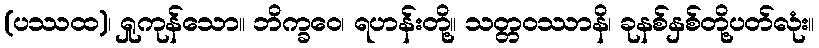
(ပဿထ)၊ ရှုကုန်သော။ ဘိက္ခဝေ၊ ရဟန်းတို့။ သတ္တဝဿာနိ၊ ခုနစ်နှစ်တို့ပတ်လုံး။